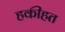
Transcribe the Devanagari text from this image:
हकीहत